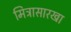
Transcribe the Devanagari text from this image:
मित्रासारखा